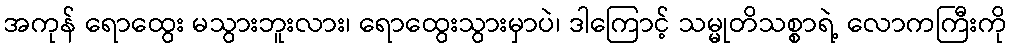
အကုန် ရောထွေး မသွားဘူးလား၊ ရောထွေးသွားမှာပဲ၊ ဒါကြောင့် သမ္မုတိသစ္စာရဲ့ လောကကြီးကို